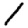
Digit: 1